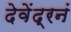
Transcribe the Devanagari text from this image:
देवेंद्रनं